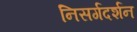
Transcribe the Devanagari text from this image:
निसर्गदर्शन